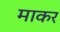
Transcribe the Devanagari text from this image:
माकर